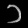
Digit: ၁